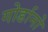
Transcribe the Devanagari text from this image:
गोर्डानो